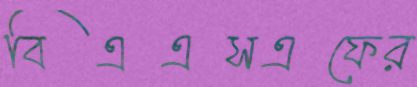
বিএএসএফের